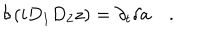
\delta \left( i D _ { 1 } D _ { 2 } z \right) = \partial _ { t } { \delta a } \quad .